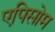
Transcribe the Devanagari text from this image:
एपिसोम